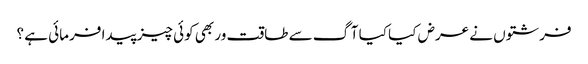
فرشتوں نے عرض کیا کیا آگ سے طاقت ور بھی کوئی چیز پیدا فرمائی ہے ؟